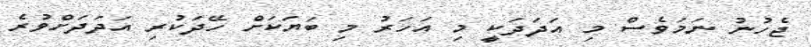
ޖެހުނު ނަމަވެސް މި އަދަދަކީ މި އަހަރު މި ބަޔަކަށް ހޭދަކުރި އަދަދަށްވުރެ